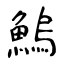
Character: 鰞